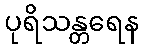
ပုရိသန္တရေန